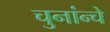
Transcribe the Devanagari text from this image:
चुनांन्चे